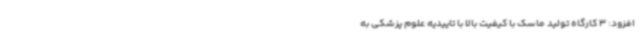
افزود: 3 کارگاه تولید ماسک با کیفیت بالا با تاییدیه علوم پزشکی به